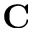
\bf C